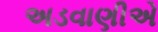
અડવાણીએ